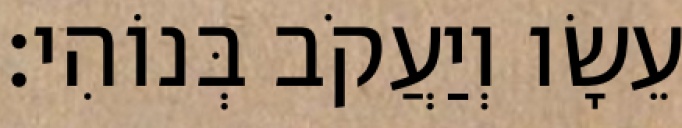
עֵשָׂו וְיַעֲקֹב בְּנוֹהִי׃